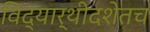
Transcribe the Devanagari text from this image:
विद्यार्थीदशेतच